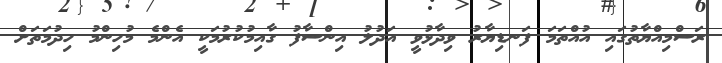
ރަސްމިއްޔާތުގައި އުއްތަމަ ފަނޑިޔާރު ވިދާޅުވީ އަދުލު އިންސާފު ގާއިމުކުރުމަކީ އެންމެ މުހިންމު ހިދުމަތަށް